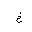
Letter: _kha